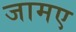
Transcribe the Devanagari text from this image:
जामए